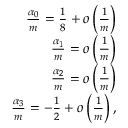
\begin{array} { r } { \frac { \alpha _ { 0 } } { m } = \frac { 1 } { 8 } + o \left( \frac { 1 } { m } \right) } \\ { \frac { \alpha _ { 1 } } { m } = o \left( \frac { 1 } { m } \right) } \\ { \frac { \alpha _ { 2 } } { m } = o \left( \frac { 1 } { m } \right) } \\ { \frac { \alpha _ { 3 } } { m } = - \frac { 1 } { 2 } + o \left( \frac { 1 } { m } \right) , } \end{array}